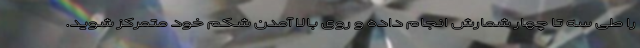
را طی سه تا چهار شمارش انجام داده و روی بالا آمدن شکم خود متمرکز شوید.